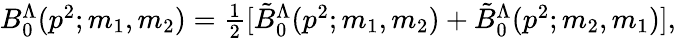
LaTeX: \begin{array}{r}{B_{0}^{\Lambda}(p^{2};m_{1},m_{2})=\frac{1}{2}[\tilde{B}_{0}^{\Lambda}(p^{2};m_{1},m_{2})+\tilde{B}_{0}^{\Lambda}(p^{2};m_{2},m_{1})],}\end{array}